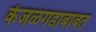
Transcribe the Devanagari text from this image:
केंजळगडाबाबत